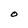
Character: O